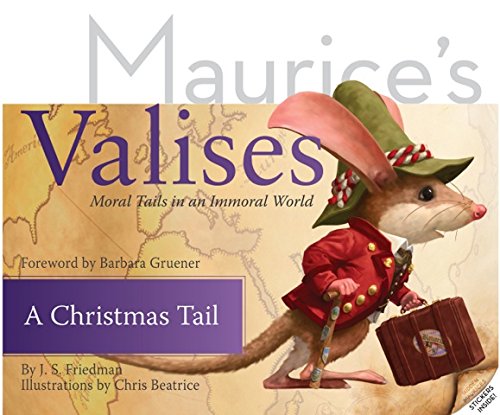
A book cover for A Christmas Tail: Moral Tails in an Immoral World (Maurice's Valises); J. S. Friedman; Children's Books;